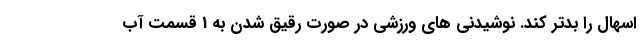
اسهال را بدتر کند. نوشیدنی های ورزشی در صورت رقیق شدن به 1 قسمت آب